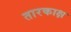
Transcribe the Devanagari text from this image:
तारकाक्ष